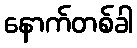
နောက်တစ်ခါ